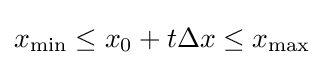
x_{\text{min}}\leq x_{0}+t\Delta x\leq x_{\text{max}}